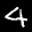
Label: 4